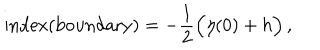
\mathrm { i n d e x ( b o u n d a r y ) } = - \frac { 1 } { 2 } \Big ( \eta ( 0 ) + h \Big ) \, ,